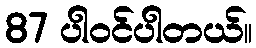
87 ပါ၀င်ပါတယ်။